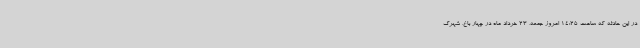
در این حادثه که ساعت 14:25 امروز جمعه، 23 خرداد ماه در چهار باغ، شهرک